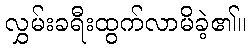
လွှမ်းခရီးထွက်လာမိခဲ့၏။